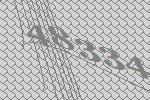
48334